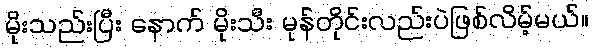
မိုးသည်းပြီး နောက် မိုးသီး မုန်တိုင်းလည်းပဲဖြစ်လိမ့်မယ်။